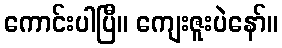
ကောင်းပါပြီ။ ကျေးဇူးပဲနော်။